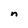
Character: n